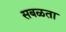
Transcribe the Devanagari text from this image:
सबळता